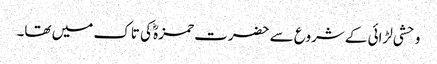
وحشی لڑائی کے شروع سے حضرت حمزہؓ کی تاک میں تھا۔